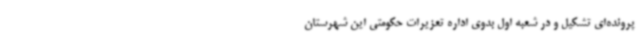
پرونده‌ای تشکیل و در شعبه اول بدوی اداره تعزیرات حکومتی این شهرستان